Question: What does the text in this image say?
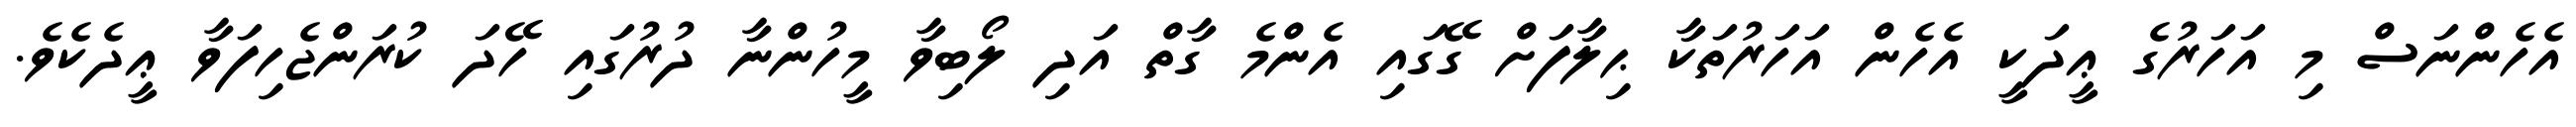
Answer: އެހެންނަސް މި އަހަރުގެ ޢީދަކީ އެހެން އަހަރުތަކާ ޙިލާފަށް ގޭގައި އެންމެ ގާތް އަދި ލޯބިވާ މީހުންނާ ދުރުގައި ހޭދަ ކުރަންޖެހިފަވާ ޢީދެކެވެ.